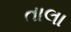
તાલા